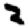
Digit: 2